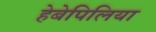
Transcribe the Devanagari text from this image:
हेबेपिलिया